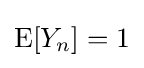
\operatorname {E} [Y_{n}]=1